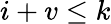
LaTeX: i+v\le k